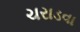
ચરાડવા